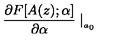
\frac { \partial F [ A ( z ) ; \alpha ] } { \partial \alpha } \mid _ { _ { a _ { 0 } } }